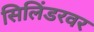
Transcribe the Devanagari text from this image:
सिलिंडरवर